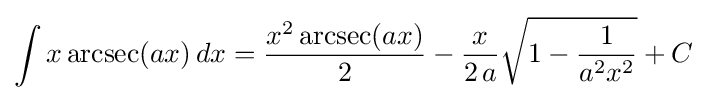
\int x\operatorname {arcsec}(ax)\,dx={\frac {x^{2}\operatorname {arcsec}(ax)}{2}}-{\frac {x}{2\,a}}{\sqrt {1-{\frac {1}{a^{2}x^{2}}}}}+C